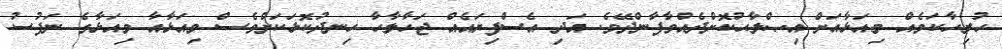
ހުރިހާކަމެއް މިއަޅާއަށް އިޞްލާޙުކޮށްދެއްވާފާންދޭވެ. އަދި އެސްފިޔައެއް ޖަހާލާހާ ހިނދުކޮޅަކަށްވެސް މިއަޅާއާ މިއަޅާގެ ނަފުސު